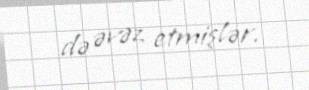
də əvəz etmişlər.